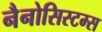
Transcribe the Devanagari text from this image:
नैनोसिस्टम्स